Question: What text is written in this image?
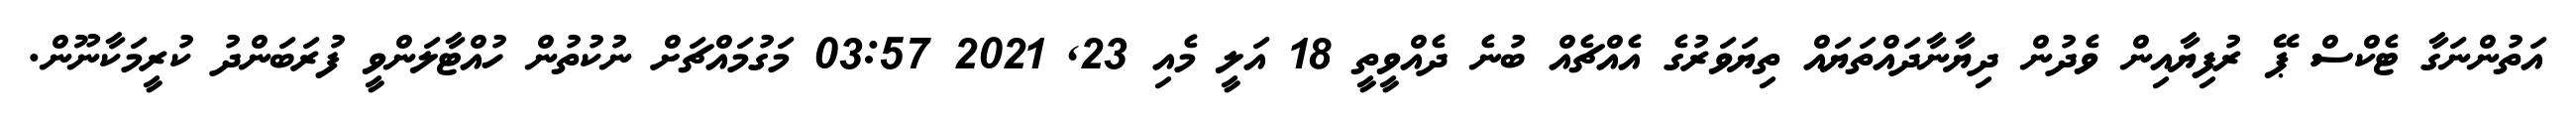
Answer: އަތުންނަގާ ޓެކްސް ޕޭ ރުފިޔާއިން ވެދުން ދިޔާނާދައްތަޔައް ތިޔަވަރުގެ އެއްޗެއް ބުނެ ދެއްވީތީ 18 އަލީ މެއި 23, 2021 03:57 މަގުމައްޗަށް ނުކުތުން ހުއްޓާލަންވީ ފުރަބަންދު ކުރީމަކާނޫން.